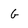
Character: G